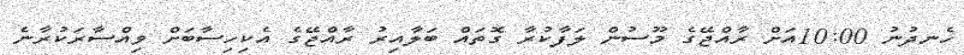
ހެނދުނު 10:00އަށް ރާއްޖޭގެ މޫސުން ލަފާކުރާ ގޮތައް ބަލާއިރު ރާއްޖޭގެ އެކިހިސާބަށް ވިއްސާރަކުރާނެ